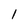
Character: 1